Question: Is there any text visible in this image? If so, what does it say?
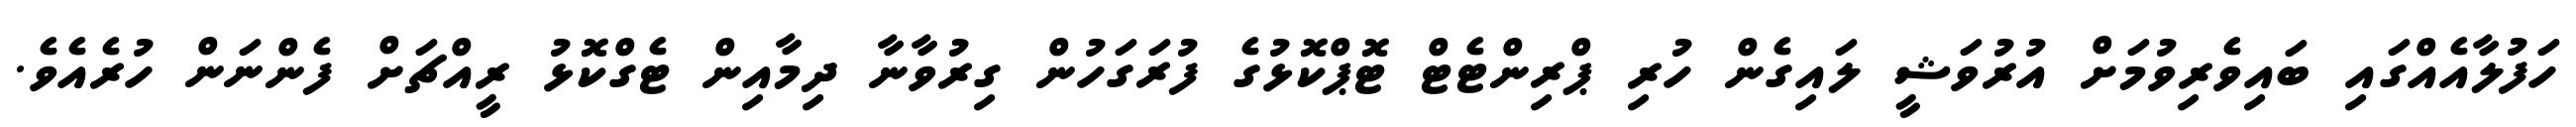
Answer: ހަފުލާއެއްގައި ބައިވެރިވުމަށް އުރުވަޝީ ލައިގެން ހުރި ޕްރިންޓެޓް ޓޮޕްކޮޅުގެ ފުރަގަހުން ގިރުވާނާ ދިމާއިން ޓެގްކޮޅު ރީއްޗަށް ފެންނަން ހުރެއެވެ.